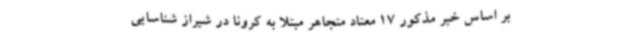
بر اساس خبر مذکور 17 معتاد متجاهر مبتلا به کرونا در شیراز شناسایی